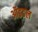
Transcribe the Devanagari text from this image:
ऑइडल